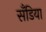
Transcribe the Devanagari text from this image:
सँडिया